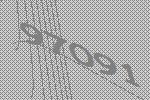
97091